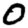
Digit: 0